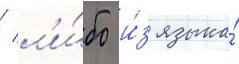
/ л'и́бо и́з языка́